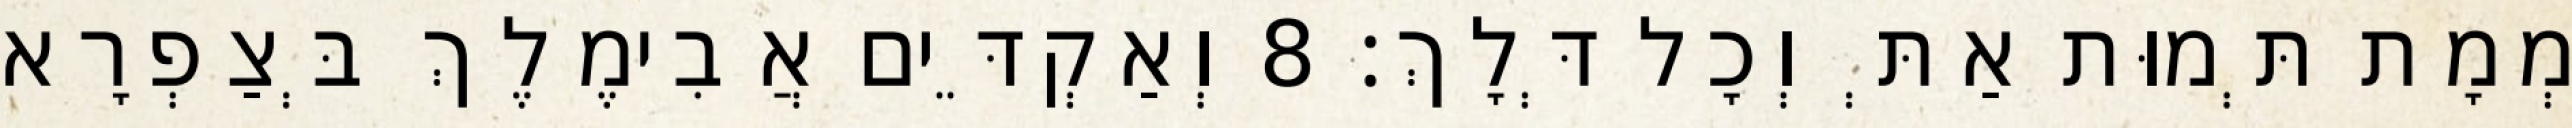
מְמָת תְּמוּת אַתְּ וְכָל דְּלָךְ׃ 8 וְאַקְדֵּים אֲבִימֶלֶךְ בְּצַפְרָא